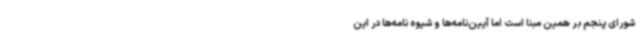
شورای پنجم بر همین مبنا است اما آیین‌نامه‌ها و شیوه‌ نامه‌ها در این